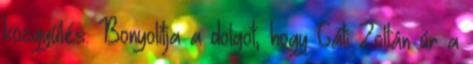
közgyűlés. Bonyolítja a dolgot, hogy Gáti Zoltán úr a